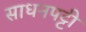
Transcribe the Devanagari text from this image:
साधनपट्टी